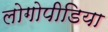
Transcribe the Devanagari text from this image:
लोगोपीडिया